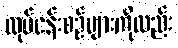
လုပ်ငန်းစဉ်များကိုလည်း